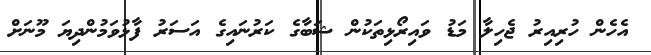
އެހެން ހުރިއިރު ޖެހިލާ މަޑު ވައިރޯޅިތަކުން ޝަބާގެ ކަރުނައިގެ އަސަރު ފާޅުވަމުންދިޔަ މޫނަށް